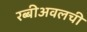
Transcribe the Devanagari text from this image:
रब्बीअवलची